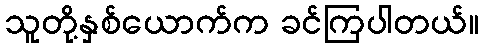
သူတို့နှစ်ယောက်က ခင်ကြပါတယ်။